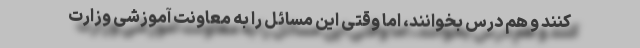
کنند و هم درس بخوانند، اما وقتی این مسائل را به معاونت آموزشی وزارت